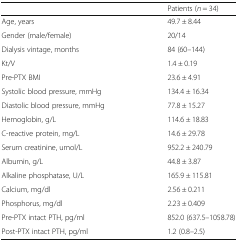
<table><thead><tr><td></td><td><b>Patients (<i>n</i> = 34)</b></td></tr></thead><tbody><tr><td>Age, years</td><td>49.7 ± 8.44</td></tr><tr><td>Gender (male/female)</td><td>20/14</td></tr><tr><td>Dialysis vintage, months</td><td>84 (60–144)</td></tr><tr><td>Kt/V</td><td>1.4 ± 0.19</td></tr><tr><td>Pre-PTX BMI</td><td>23.6 ± 4.91</td></tr><tr><td>Systolic blood pressure, mmHg</td><td>134.4 ± 16.34</td></tr><tr><td>Diastolic blood pressure, mmHg</td><td>77.8 ± 15.27</td></tr><tr><td>Hemoglobin, g/L</td><td>114.6 ± 18.83</td></tr><tr><td>C-reactive protein, mg/L</td><td>14.6 ± 29.78</td></tr><tr><td>Serum creatinine, umol/L</td><td>952.2 ± 240.79</td></tr><tr><td>Albumin, g/L</td><td>44.8 ± 3.87</td></tr><tr><td>Alkaline phosphatase, U/L</td><td>165.9 ± 115.81</td></tr><tr><td>Calcium, mg/dl</td><td>2.56 ± 0.211</td></tr><tr><td>Phosphorus, mg/dl</td><td>2.23 ± 0.409</td></tr><tr><td>Pre-PTX intact PTH, pg/ml</td><td>852.0 (637.5–1058.78)</td></tr><tr><td>Post-PTX intact PTH, pg/ml</td><td>1.2 (0.8–2.5)</td></tr></tbody></table>